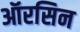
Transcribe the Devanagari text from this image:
ऑरसिन